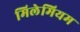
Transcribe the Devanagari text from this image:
मिलेमियम